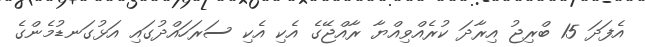
އެފަދަ 15 ބްރިޖު އިރާދަ ކުރެއްވިއްޔާ ރާއްޖޭގެ އެކި އެކި ސަރަހައްދުގައި އަޅުގަނޑުމެންގެ